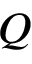
Q